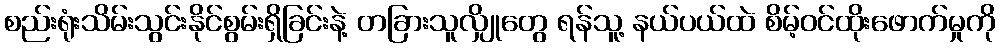
စည်းရုံးသိမ်းသွင်းနိုင်စွမ်းရှိခြင်းနဲ့ တခြားသူလျှိုတွေ ရန်သူ့ နယ်ပယ်ထဲ စိမ့်ဝင်ထိုးဖောက်မှုကို